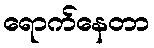
ရောက်နေတာ